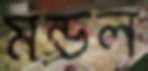
মন্ডল